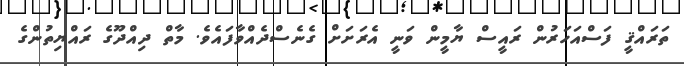
ތަރައްޤީ ފަސްއަހަރުން ރައީސް ޔާމީން ވަނީ އެރަށަށް ގެނެސްދެއްވާފައެވެ. މާތް ދިއްދޫގެ ރައްޔިތުންގެ